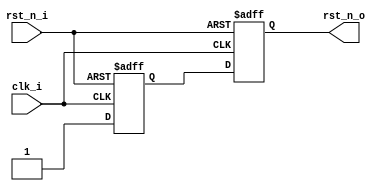

module rst_n_sync (
	clk_i,
	rst_n_i,
	rst_n_o
);

input		clk_i;
input		rst_n_i;
output		rst_n_o;
reg		rst_n_o;
reg		rst_n_r;

// async reset synchronizer
always @(posedge clk_i or negedge rst_n_i)
begin
	if (!rst_n_i) begin
		rst_n_r	<= 1'b0;
		rst_n_o	<= 1'b0;
	end else begin
		rst_n_r	<= 1'b1;
		rst_n_o	<= rst_n_r;
	end
end

endmodule